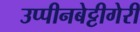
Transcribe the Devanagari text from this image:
उप्पीनबेट्टीगेरी